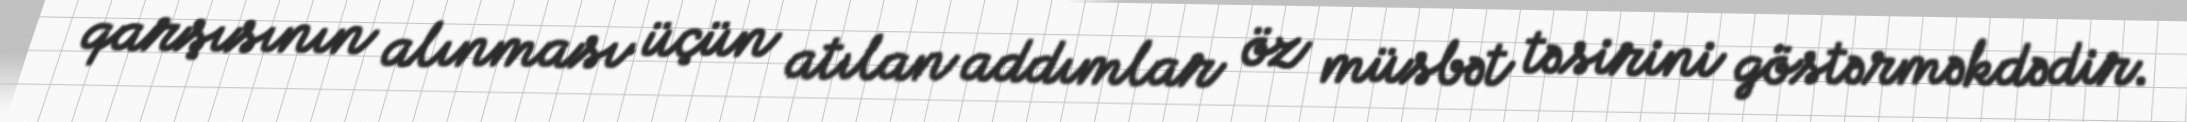
qarşısının alınması üçün atılan addımlar öz müsbət təsirini göstərməkdədir.